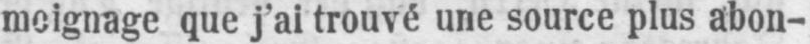
moignage que j’ai trouvé une source plus abon-